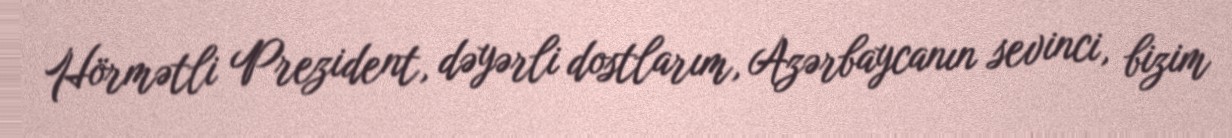
Hörmətli Prezident, dəyərli dostlarım, Azərbaycanın sevinci, bizim